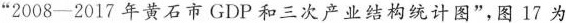
”2008-2017年黄石市GDP和三次产业结构统计图”，图17为